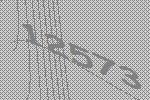
12573